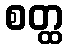
စတ္ထ